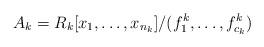
LaTeX: \begin{align*}A_k=R_k[x_1,\ldots,x_{n_k}]/(f^k_1,\ldots,f^k_{c_k})\end{align*}